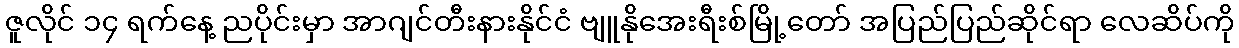
ဇူလိုင် ၁၄ ရက်နေ့ ညပိုင်းမှာ အာဂျင်တီးနားနိုင်ငံ ဗျူနိုအေးရီးစ်မြို့တော် အပြည်ပြည်ဆိုင်ရာ လေဆိပ်ကို